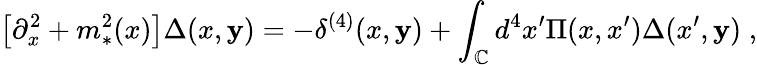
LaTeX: \big[\partial_{x}^{2}+m_{*}^{2}(x)\big]\Delta(x,\mathbf{y})=-\delta^{(4)}(x,\mathbf{y})+\int_{\mathbb{C}}d^{4}x^{\prime}\Pi(x,x^{\prime})\Delta(x^{\prime},\mathbf{y})\; ,